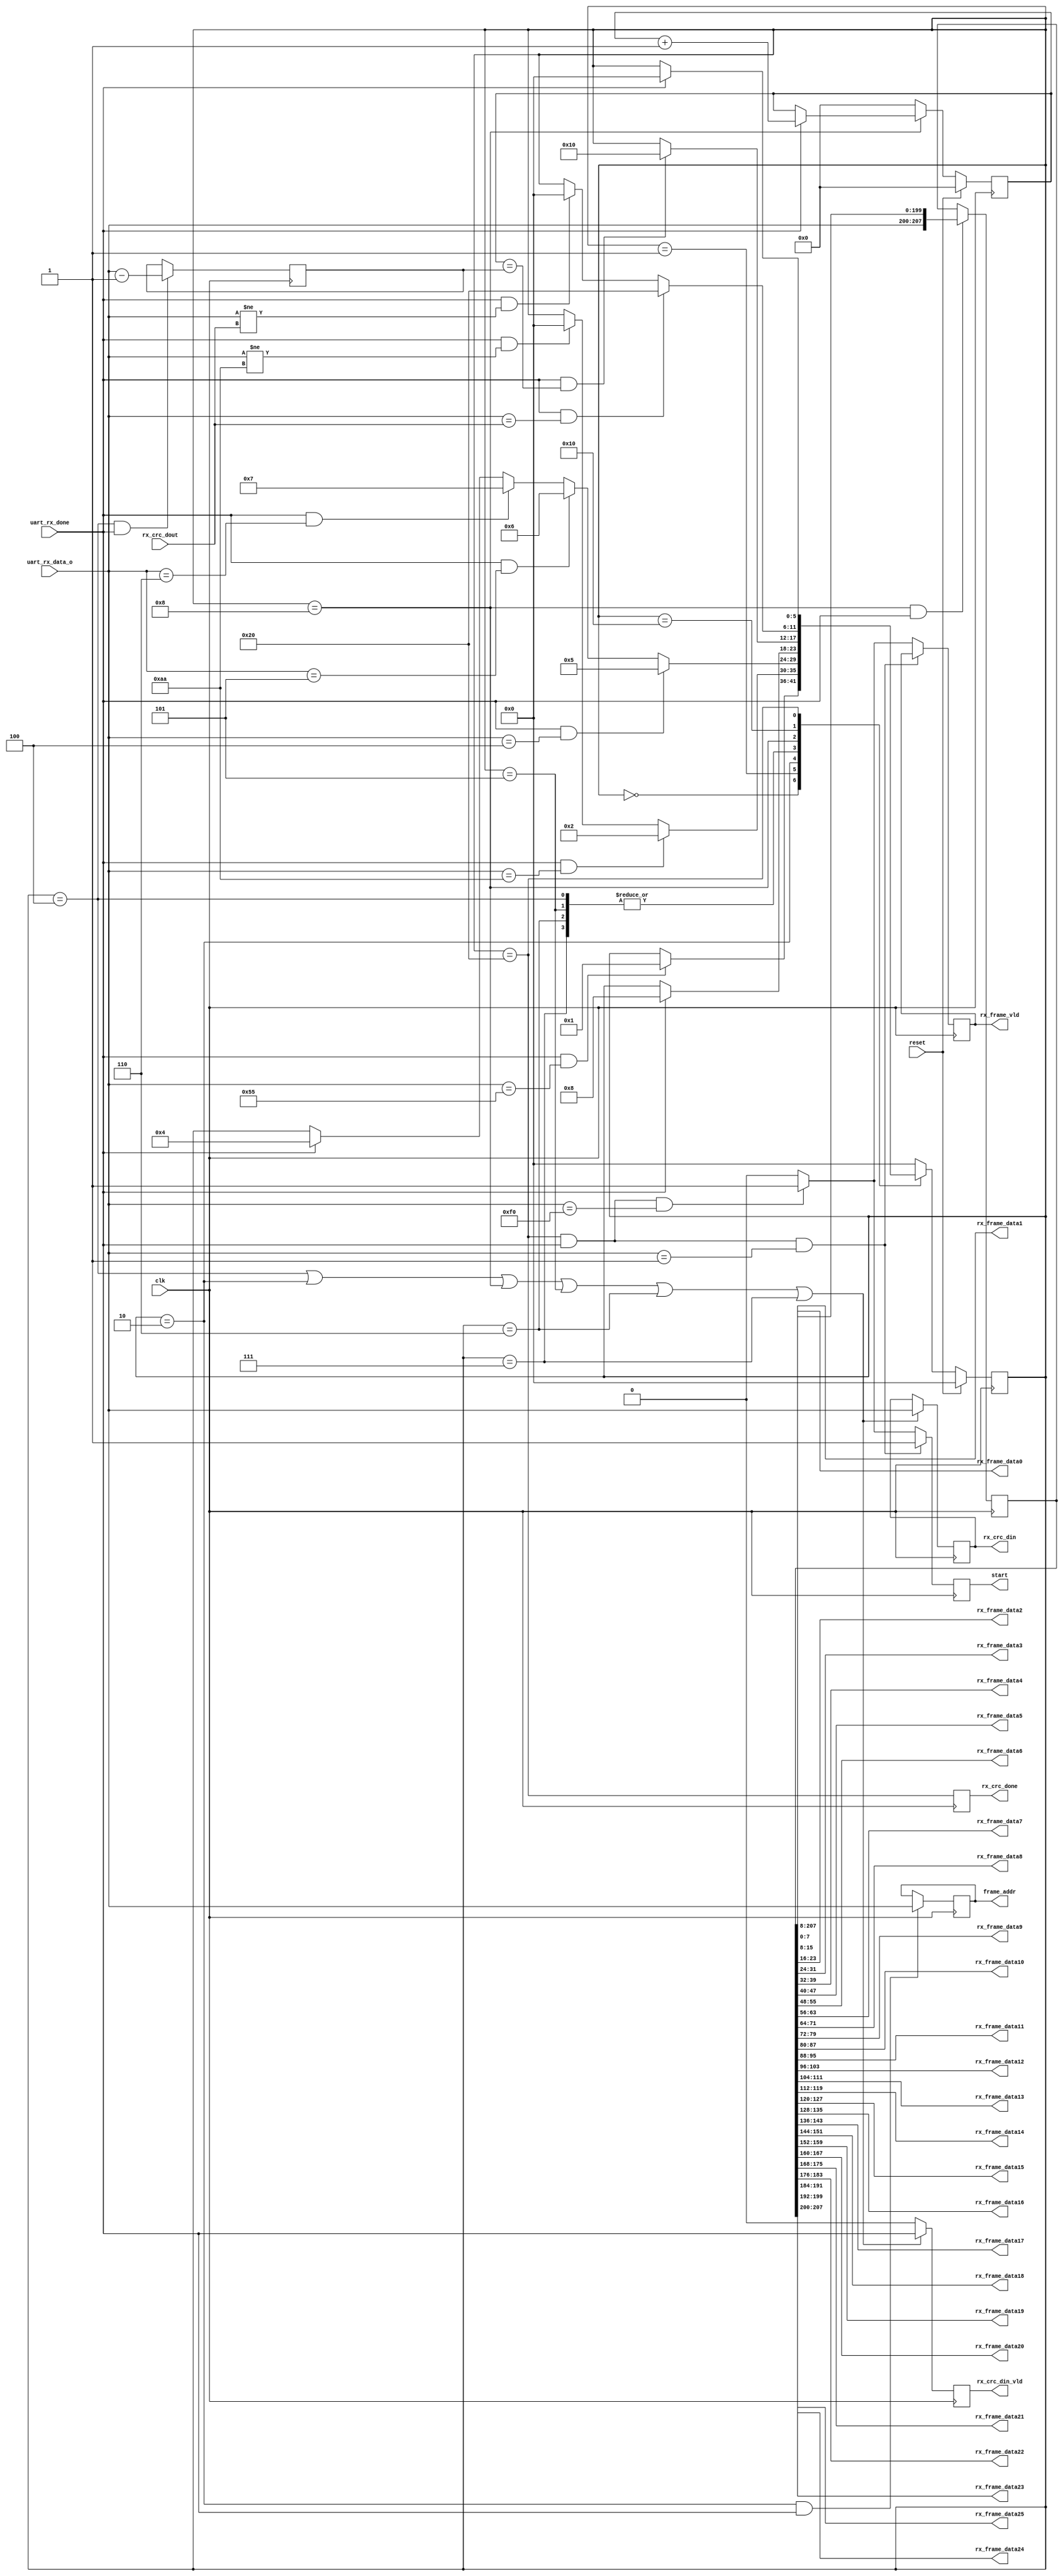
`timescale 1ns / 1ps

module uart_receive(
	input				           clk,
	input                          reset,
    
    //uart_rx
	input                          uart_rx_done,
	input     [7:0]                uart_rx_data_o,

    //
	output reg                     rx_frame_vld,    //
	output reg [7:0]               frame_addr,      //
	output     [7:0]               rx_frame_data0,	//0
	output     [7:0]               rx_frame_data1,	
	output     [7:0]               rx_frame_data2,	
	output     [7:0]               rx_frame_data3,	
	output     [7:0]               rx_frame_data4,	
	output     [7:0]               rx_frame_data5,	
	output     [7:0]               rx_frame_data6,	
	output     [7:0]               rx_frame_data7,		
    output     [7:0]               rx_frame_data8,
    output     [7:0]               rx_frame_data9,
    output     [7:0]               rx_frame_data10,
    output     [7:0]               rx_frame_data11,
    output     [7:0]               rx_frame_data12,
    output     [7:0]               rx_frame_data13,
    output     [7:0]               rx_frame_data14,
    output     [7:0]               rx_frame_data15,
    output     [7:0]               rx_frame_data16,
    output     [7:0]               rx_frame_data17,
    output     [7:0]               rx_frame_data18,
    output     [7:0]               rx_frame_data19,
    output     [7:0]               rx_frame_data20,
    output     [7:0]               rx_frame_data21,
    output     [7:0]               rx_frame_data22,
    output     [7:0]               rx_frame_data23,
    output     [7:0]               rx_frame_data24,
    output     [7:0]               rx_frame_data25,
    //crc8_d8_rx
	output reg                     rx_crc_din_vld,  // 
	output reg  [7:0]              rx_crc_din,      // 
	input       [7:0]              rx_crc_dout, 	//CRC
	output reg                     rx_crc_done,		//CRC	
	
	output reg                     start
    );



reg [5:0] cur_status;
reg [5:0] nxt_status;
localparam FRAME_IDLE       = 6'b000000;//00
localparam FRAME_HEAD       = 6'b000001;//01
localparam FRAME_ADDR       = 6'b000010;//02
localparam FRAME_LENGTH     = 6'b000100;//04
localparam FRAME_SCANI      = 6'b000101;//05
localparam FRAME_SCANII     = 6'b000110;//06
localparam FRAME_SCANIII    = 6'b000111;//07
localparam FRAME_DATA       = 6'b001000;//08
localparam FRAME_CRC        = 6'b010000;//10
localparam FRAME_END        = 6'b100000;//20

reg [7:0] frame_data_cnt;
reg [7:0] frame_data_length;

reg [207:0] frame_data_array;
/*--------------------------------------------------*\
				    frame state machine
\*--------------------------------------------------*/
always @(posedge clk) begin
	if (reset) 
		cur_status <= FRAME_IDLE;
	else 
		cur_status <= nxt_status;
end

always @(*) begin
	if (reset) begin
		nxt_status <= FRAME_IDLE;		
	end
	else begin
		case(cur_status)
			FRAME_IDLE : begin 
				if (uart_rx_done && uart_rx_data_o == 8'h55) //0x55
					nxt_status <= FRAME_HEAD;
				else 
					nxt_status <= cur_status;
			end
			FRAME_HEAD : begin
				if (uart_rx_done && uart_rx_data_o == 8'haa) //0xaa
					nxt_status <= FRAME_ADDR;
				else if (uart_rx_done && uart_rx_data_o != 8'haa) 
					nxt_status <= FRAME_IDLE;	
				else 
					nxt_status <= cur_status;			
			end	
            FRAME_ADDR : begin               
            	if (uart_rx_done && (uart_rx_data_o == 8'h04))
            	    nxt_status <= FRAME_SCANI;
            	else if (uart_rx_done && (uart_rx_data_o == 8'h05))
            	    nxt_status <= FRAME_SCANII; 
            	else if (uart_rx_done && (uart_rx_data_o == 8'h06))
            	    nxt_status <= FRAME_SCANIII;   
            	else if (uart_rx_done)//
            	    nxt_status <= FRAME_LENGTH;
            	else 
            		nxt_status <= cur_status;
            end  
            FRAME_LENGTH : begin               
            	if (uart_rx_done) //
            	 	nxt_status <= FRAME_DATA;
            	else 
            	 	nxt_status <= cur_status;
            end
            FRAME_SCANI : begin               
            	if (uart_rx_done) 
            	 	nxt_status <= FRAME_DATA;
            	else 
            	 	nxt_status <= cur_status;
            end
            FRAME_SCANII : begin               
            	if (uart_rx_done) 
            	 	nxt_status <= FRAME_DATA;
            	else 
            	 	nxt_status <= cur_status;
            end
            FRAME_SCANIII : begin               
            	if (uart_rx_done) 
            	 	nxt_status <= FRAME_DATA;
            	else 
            	 	nxt_status <= cur_status;
            end
            FRAME_DATA : begin
            	if (uart_rx_done && frame_data_cnt == frame_data_length)
            		nxt_status <= FRAME_CRC;
            	else 
            		nxt_status <= cur_status;
            end
            FRAME_CRC : begin
            	if (uart_rx_done && uart_rx_data_o == rx_crc_dout)
            		nxt_status <= FRAME_END;
            	else if (uart_rx_done && uart_rx_data_o != rx_crc_dout)
            		nxt_status <= FRAME_IDLE;
            	else 
            		nxt_status <= cur_status;
            end	
            FRAME_END : begin
            	if (uart_rx_done)
            		nxt_status <= FRAME_IDLE;
            	else 
            		nxt_status <= cur_status;
            end
			default : nxt_status <= FRAME_IDLE;
		endcase	
	end
end

/*--------------------------------------------------*\
				  frame_data_cnt signals
\*--------------------------------------------------*/
always @(posedge clk) begin
    if (cur_status ==FRAME_LENGTH && uart_rx_done) 
        frame_data_length <= uart_rx_data_o - 1;
    else 
        frame_data_length <= frame_data_length;
end

always @(posedge clk) begin
    if (reset) 
        frame_data_cnt <= 0;
    else if (cur_status == FRAME_DATA) begin
        if (uart_rx_done)
        	frame_data_cnt <= frame_data_cnt + 1; //1
        else 
        	frame_data_cnt <= frame_data_cnt;
    end
    else 
        frame_data_cnt <= 0;
end

/*--------------------------------------------------*\
				     CRC signals
\*--------------------------------------------------*/
always @(posedge clk) begin
    if (cur_status == FRAME_LENGTH || cur_status == FRAME_ADDR || cur_status == FRAME_DATA || cur_status == FRAME_SCANI || cur_status == FRAME_SCANII || cur_status == FRAME_SCANIII) begin
        rx_crc_din_vld <= uart_rx_done;
        rx_crc_din     <= uart_rx_data_o;
    end
    else begin
        rx_crc_din_vld <= 0;
        rx_crc_din     <= rx_crc_din;
    end
end


always @(posedge clk) begin
	rx_crc_done <= cur_status == FRAME_END;
end

/*--------------------------------------------------*\
				  rx_frame_addr signals
\*--------------------------------------------------*/
always @(posedge clk) begin
    if (cur_status == FRAME_ADDR && uart_rx_done)begin 
        frame_addr <= uart_rx_data_o;
    end else frame_addr <= frame_addr;
end

/*--------------------------------------------------*\
				  rx_frame_data signals
\*--------------------------------------------------*/
always @(posedge clk) begin
    if (cur_status == FRAME_DATA && uart_rx_done) 
        frame_data_array <= {uart_rx_data_o,frame_data_array[207:8]}; //
    else 
        frame_data_array <= frame_data_array;
end

/*--------------------------------------------------*\
				  rx_frame_start signals
\*--------------------------------------------------*/
//always @(posedge clk) begin
//    if (cur_status == FRAME_START && uart_rx_done)begin 
        
//    end else 
//end


assign rx_frame_data0  = frame_data_array[7:0];
assign rx_frame_data1  = frame_data_array[15:8];
assign rx_frame_data2  = frame_data_array[23:16];
assign rx_frame_data3  = frame_data_array[31:24];
assign rx_frame_data4  = frame_data_array[39:32];
assign rx_frame_data5  = frame_data_array[47:40];
assign rx_frame_data6  = frame_data_array[55:48];
assign rx_frame_data7  = frame_data_array[63:56];
assign rx_frame_data8  = frame_data_array[71:64];
assign rx_frame_data9  = frame_data_array[79:72];
assign rx_frame_data10 = frame_data_array[87:80];
assign rx_frame_data11 = frame_data_array[95:88];
assign rx_frame_data12  = frame_data_array[103:96];
assign rx_frame_data13  = frame_data_array[111:104];
assign rx_frame_data14  = frame_data_array[119:112];
assign rx_frame_data15  = frame_data_array[127:120];
assign rx_frame_data16  = frame_data_array[135:128];
assign rx_frame_data17  = frame_data_array[143:136];
assign rx_frame_data18  = frame_data_array[151:144];
assign rx_frame_data19  = frame_data_array[159:152];
assign rx_frame_data20  = frame_data_array[167:160];
assign rx_frame_data21  = frame_data_array[175:168];
assign rx_frame_data22  = frame_data_array[183:176];
assign rx_frame_data23  = frame_data_array[191:184];
assign rx_frame_data24  = frame_data_array[199:192];
assign rx_frame_data25  = frame_data_array[207:200];

always @(posedge clk) begin
	if((cur_status == FRAME_END) && uart_rx_done && (uart_rx_data_o == 8'h01))begin//
		start        <= 1'b1;
	end else if((cur_status == FRAME_END) && uart_rx_done && (uart_rx_data_o == 8'hf0))begin //
	    rx_frame_vld <= 1'b1;
	    start        <= 1'b1;
	end else begin 
		rx_frame_vld <= 1'b0;
		start        <= 1'b0;
    end
end

endmodule